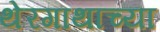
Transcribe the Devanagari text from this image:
थेरगाथाच्या